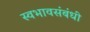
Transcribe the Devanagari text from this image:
स्वभावसंबंधी